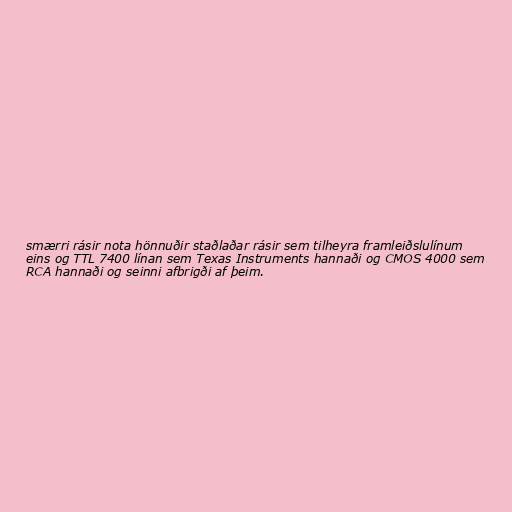
smærri rásir nota hönnuðir staðlaðar rásir sem tilheyra framleiðslulínum
eins og TTL 7400 línan sem Texas Instruments hannaði og CMOS 4000 sem
RCA hannaði og seinni afbrigði af þeim.